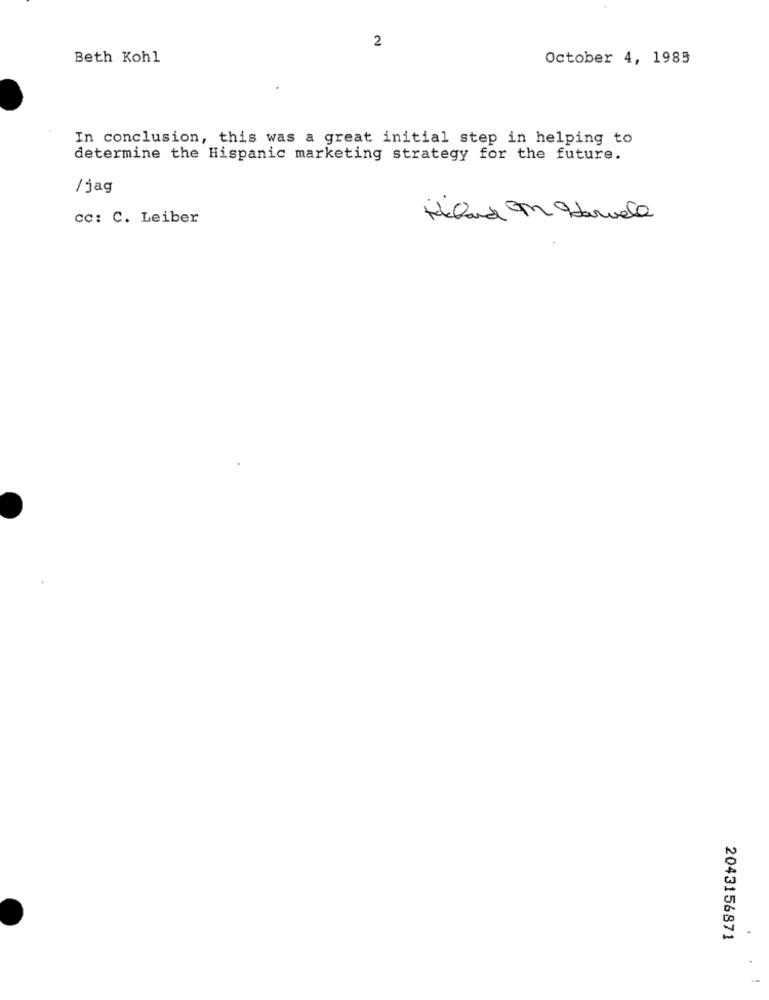
2
Beth Kohl
October 4, 1985
In conclusion, this was a great initial step in helping to
determine the Hispanic marketing strategy for the future.
/jag
cc: C. Leiber
rebland M Harvela
2043156871